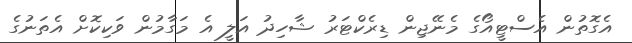
އެގޮތުން އެސްޓީއޯގެ މެނޭޖިން ޑިރެކްޓަރު ޝާހިދު އަލީ އެ މަގާމުން ވަކިކޮށް އެތަނުގެ